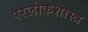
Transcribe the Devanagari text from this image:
परलोकशास्त्र